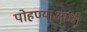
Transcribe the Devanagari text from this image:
पोहण्याआधी